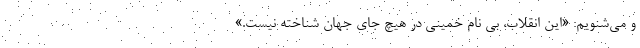
و می‌شنویم: «این انقلاب، بی نام خمینی در هیچ جای جهان شناخته نیست.»